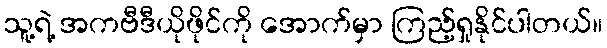
သူ့ရဲ့ အကဗီဒီယိုဖိုင်ကို အောက်မှာ ကြည့်ရှုနိုင်ပါတယ်။